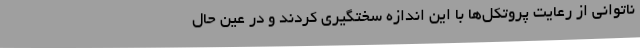
ناتوانی از رعایت پروتکل‌ها با این اندازه سختگیری کردند و در عین حال